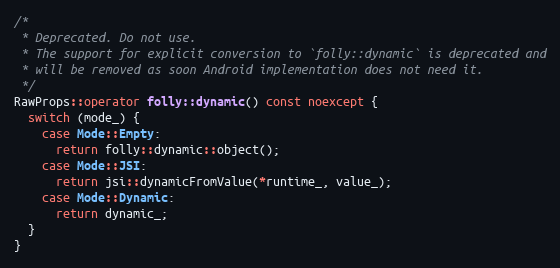
Language: C++
/*
 * Deprecated. Do not use.
 * The support for explicit conversion to `folly::dynamic` is deprecated and
 * will be removed as soon Android implementation does not need it.
 */
RawProps::operator folly::dynamic() const noexcept {
  switch (mode_) {
    case Mode::Empty:
      return folly::dynamic::object();
    case Mode::JSI:
      return jsi::dynamicFromValue(*runtime_, value_);
    case Mode::Dynamic:
      return dynamic_;
  }
}